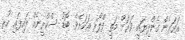
އަހަރެން ގެންދިޔައީ ވަރަށް މަތީ ފްލޯރ އަކަށެވެ. ބޮޑު ސްކްރީނެއް ލައިފައި ހުރި